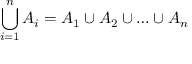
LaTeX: \bigcup _ { i = 1 } ^ { n } A _ { i } = A _ { 1 } \cup A _ { 2 } \cup \ldots \cup A _ { n }